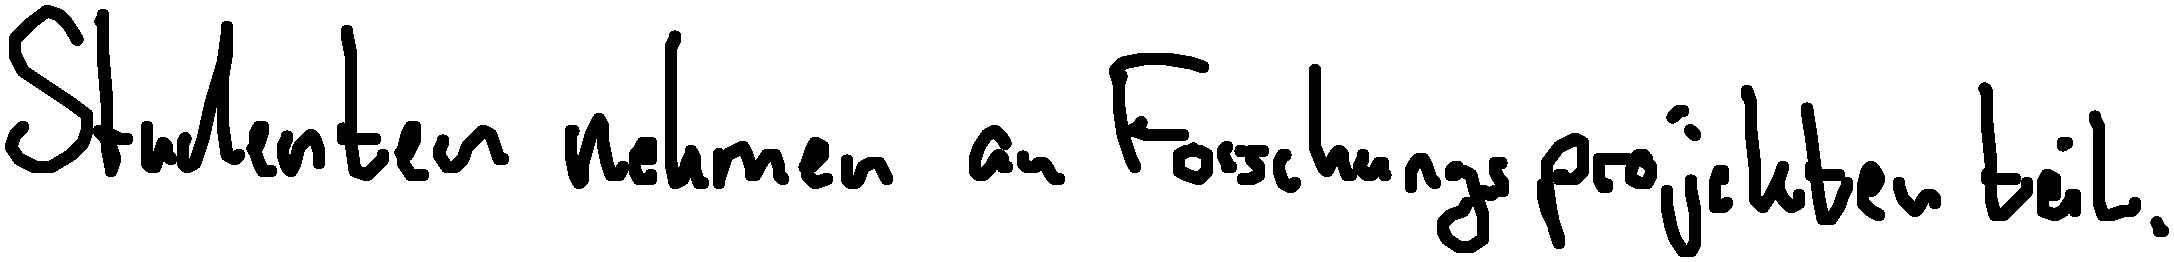
Studenten nehmen an Forschungsprojekten teil.